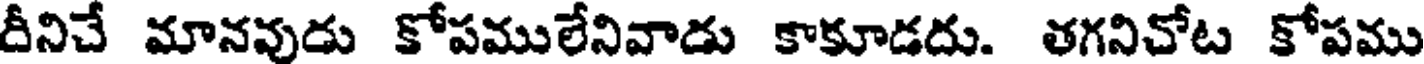
దీనిచే మానవుడు కోపములేనివాడు కాకూడదు. తగనిచోట కోపము